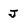
Character: j